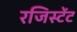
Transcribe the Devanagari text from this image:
रजिस्टेंट